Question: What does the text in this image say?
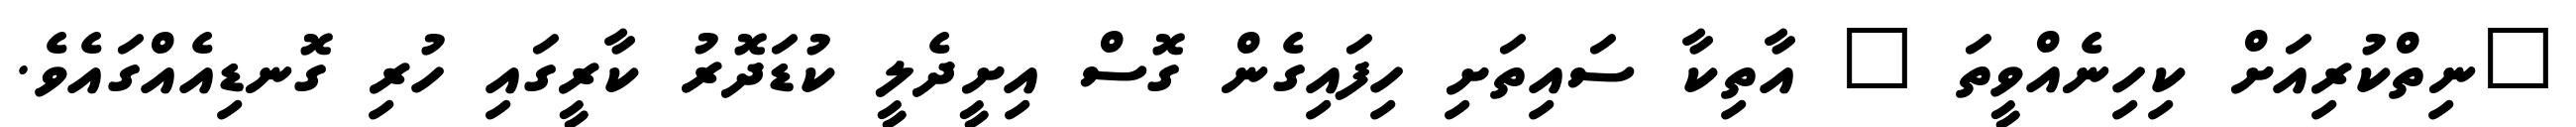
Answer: "ނިތްކުރިއަށް ކިހިނެއްވީތަ " އާތިކާ ސައިތަށި ހިފައިގެން ގޮސް އިށީދެލީ ކުޑަދޮރު ކާރީގައި ހުރި ގޮނޑިއެއްގައެވެ.